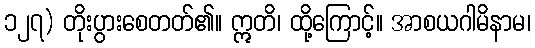
၁၂၇) တိုးပွားစေတတ်၏။ ဣတိ၊ ထို့ကြောင့်။ အာစယဂါမိနာမ၊